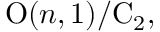
\mathrm { O } ( n , 1 ) / \mathrm { C } _ { 2 } ,